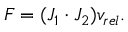
F = ( J _ { 1 } \cdot J _ { 2 } ) v _ { r e l } .